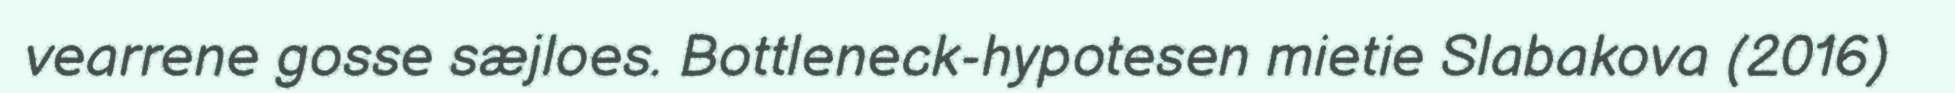
vearrene gosse sæjloes. Bottleneck-hypotesen mietie Slabakova (2016)